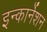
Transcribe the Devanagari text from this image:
इन्कार्नेशन